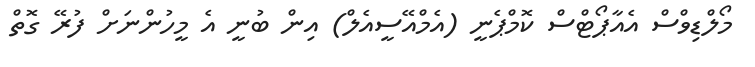
މޯލްޑިވްސް އެއާޕޯޓްސް ކޮމްޕެނީ (އެމްއޭސީއެލް) އިން ބުނީ އެ މީހުންނަށް ފުރޭ ގޮތް